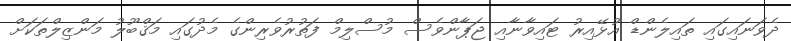
ދެވަނައިގައި ތައިލެންޑް އުޅޭއިރު ޓައިވާނާއި ޖަޕާންވެސް މުސްލިމް ފަތުރުވެރިންގެ މެދުގައި މަޤްބޫލު މަންޒިލްތަކަށް